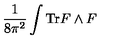
\frac { 1 } { 8 \pi ^ { 2 } } \int \mathrm { T r } F \wedge F